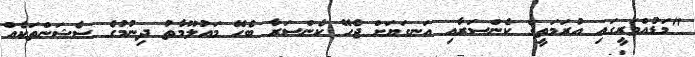
"މަޑުއްވަރީގައި އުރަމަތީގެ ކެންސަރާއި އަނގަޔަށް ޖެހޭ ކެންސަރާ ބެހޭ މައުލޫމާތު ދިނުމުގެ ސެޝަންތަކެއް